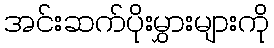
အင်းဆက်ပိုးမွှားများကို